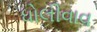
ધોલીવાવ